[Report on the health of British troops in the Madras command]
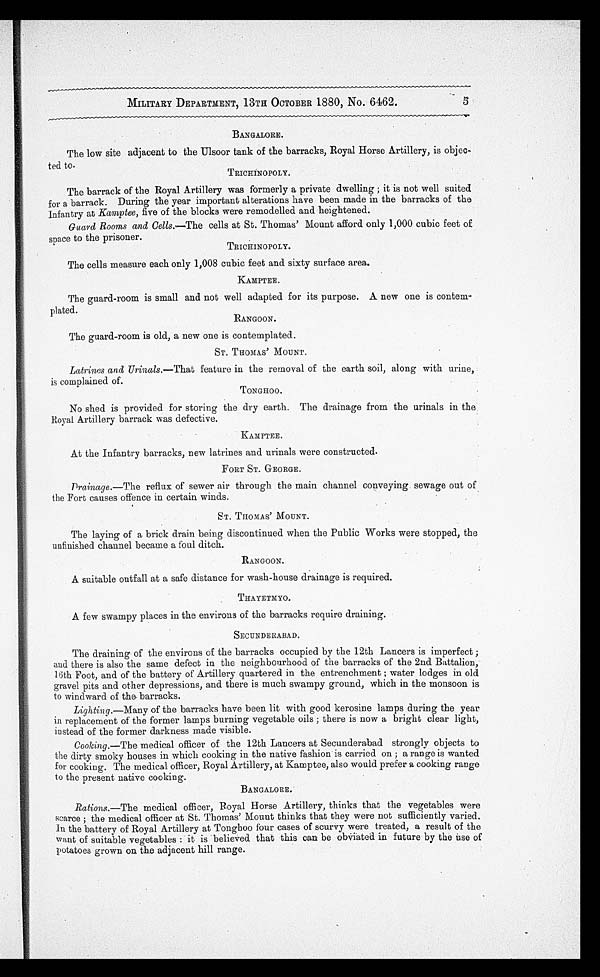
MILITARY DEPARTMENT, 13TH OCTOBER 1880, No. 6462.
5
BANGALORE.
The low site adjacent to the Ulsoor tank of the barracks, Royal Horse Artillery, is objec-
ted to.
TRICHINOPOLY.
The barrack of the Royal Artillery was formerly a private dwelling ; it is not well suited
for a barrack. During the year important alterations have been made in the barracks of the
Infantry at Kamptee, five of the blocks were remodelled and heightened.
Guard Rooms and Cells.—The cells at St. Thomas' Mount afford only 1,000 cubic feet of
space to the prisoner.
TRICHINOPOLY.
The cells measure each only 1,008 cubic feet and sixty surface area.
KAMPTEE.
The guard-room is small and not well adapted for its purpose. A new one is contem-
plated.
RANGOON.
The guard-room is old, a new one is contemplated.
ST. THOMAS' MOUNT.
Latrines and Urinals.— That feature in the removal of the earth soil, along with urine,
is complained of.
TONGHOO.
No shed is provided for storing the dry earth. The drainage from the urinals in the
Royal Artillery barrack was defective.
KAMPTEE.
At the Infantry barracks, new latrines and urinals were constructed.
FORT ST. GEORGE.
Drainage.—The reflux of sewer air through the main channel conveying sewage out of
the Fort causes offence in certain winds.
ST. THOMAS' MOUNT.
The laying of a brick drain being discontinued when the Public Works were stopped, the
unfinished channel became a foul ditch.
RANGOON.
A suitable outfall at a safe distance for wash-house drainage is required.
THAYETMYO.
A few swampy places in the environs of the barracks require draining.
SECUNDERABAD.
The draining of the environs of the barracks occupied by the 12th Lancers is imperfect ;
and there is also the same defect in the neighbourhood of the barracks of the 2nd Battalion,
16th Foot, and of the battery of Artillery quartered in the entrenchment ; water lodges in old
gravel pits and other depressions, and there is much swampy ground, which in the monsoon is
to windward of the barracks.
Lighting.—Many of the barracks have been lit with good kerosine lamps during the year
in replacement of the former lamps burning vegetable oils ; there is now a bright clear light,
instead of the former darkness made visible.
Cooking. —The medical officer of the 12th Lancers at Secunderabad. strongly objects to
the dirty smoky houses in which cooking in the native fashion is carried on ; a range is wanted
for cooking. The medical officer, Royal Artillery, at Kamptee, also would prefer a cooking range
to the present native cooking.
BANGALORE.
Rations.—The medical officer, Royal Horse Artillery, thinks that the vegetables were
scarce ; the medical officer at St. Thomas' Mount thinks that they were not sufficiently varied.
In the battery of Royal Artillery at Tonghoo four cases of scurvy were treated, a result of the
want of suitable vegetables : it is believed that this can be obviated in future by the use of
potatoes grown on the adjacent hill range.